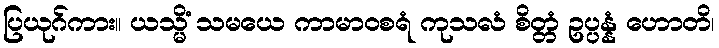
ပြယုဂ်ကား။ ယသ္မိံ သမယေ ကာမာဝစရံ ကုသလံ စိတ္တံ ဥပ္ပန္နံ ဟောတိ၊